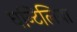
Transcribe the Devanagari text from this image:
घन्टिलिया